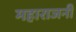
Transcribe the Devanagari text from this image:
महाराजनी